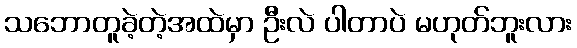
သဘောတူခဲ့တဲ့အထဲမှာ ဦးလဲ ပါတာပဲ မဟုတ်ဘူးလား